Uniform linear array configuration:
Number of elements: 4
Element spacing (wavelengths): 0.25
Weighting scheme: exponential
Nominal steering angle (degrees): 30
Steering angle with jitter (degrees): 28.881
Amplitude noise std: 0.05
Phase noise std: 0.05

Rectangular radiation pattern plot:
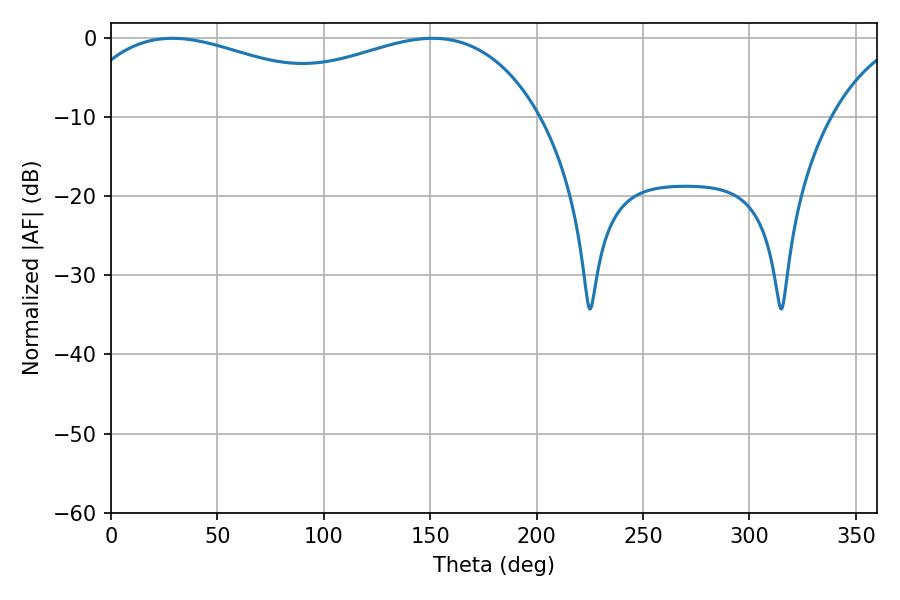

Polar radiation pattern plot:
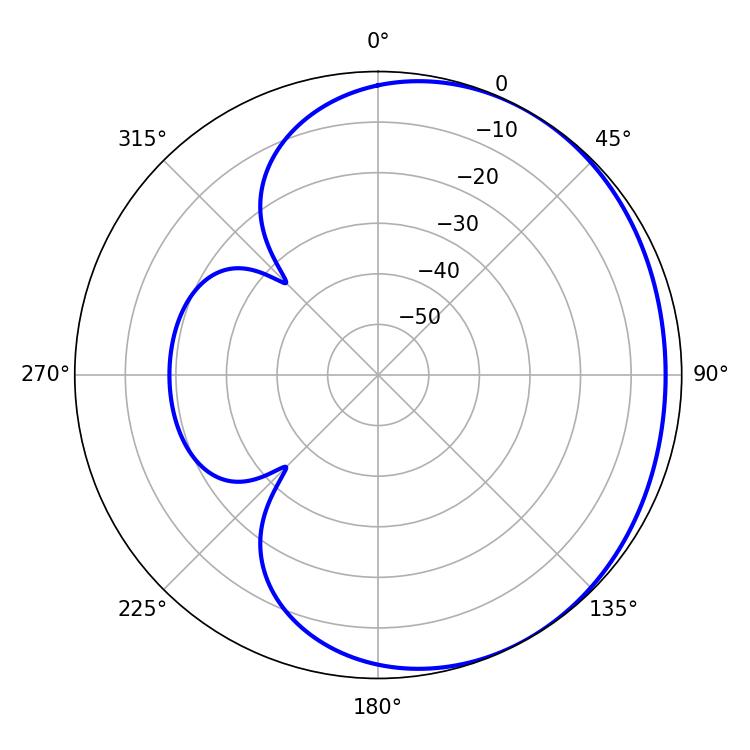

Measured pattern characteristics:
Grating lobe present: FALSE
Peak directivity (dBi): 1.676
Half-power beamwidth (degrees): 80.64
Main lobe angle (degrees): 28.8